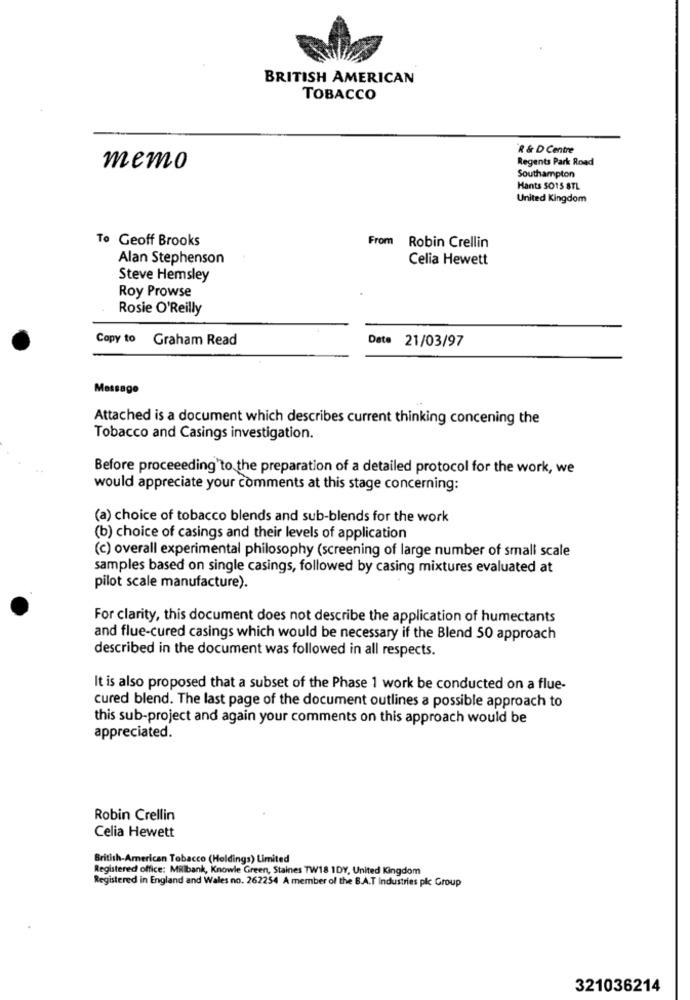
BRITISH AMERICAN
TOBACCO
R & D Centre
Regents Park Road
memo
Southampton
Hants SO15 STL
United Kingdom
To Geoff Brooks
From
Robin Crellin
Alan Stephenson
Celia Hewett
Steve Hemsley
Roy Prowse
Rosie O'Reilly
Copy to Graham Read
Date 21/03/97
Message
Attached is a document which describes current thinking concening the
Tobacco and Casings investigation.
Before proceeding'to the preparation of a detailed protocol for the work, we
would appreciate your comments at this stage concerning:
(a) choice of tobacco blends and sub-blends for the work
(b) choice of casings and their levels of application
(c) overall experimental philosophy (screening of large number of small scale
samples based on single casings, followed by casing mixtures evaluated at
pilot scale manufacture).
For clarity, this document does not describe the application of humectants
and flue-cured casings which would be necessary if the Blend 50 approach
described in the document was followed in all respects.
It is also proposed that a subset of the Phase 1 work be conducted on a flue-
cured blend. The last page of the document outlines a possible approach to
this sub-project and again your comments on this approach would be
appreciated.
Robin Crellin
Celia Hewett
British-American Tobacco (Holdings) Limited
Registered office: Millbank, Knowle Green, Staines TW18 1DY, United Kingdom
Registered in England and Wales no. 262254 A member of the B.A.T Industries plc Group
321036214